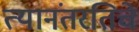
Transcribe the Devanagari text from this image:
त्यानंतरतिचे